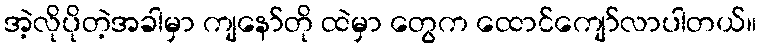
အဲ့လိုပိုတဲ့အခါမှာ ကျနော်တို ထဲမှာ တွေက ထောင်ကျော်လာပါတယ်။